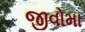
જીવોમા